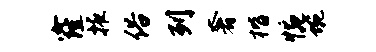
窿掖俗列奢楷惋蜿